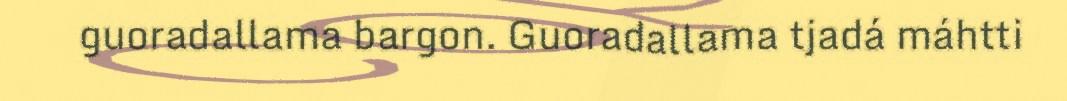
guoradallama bargon. Guoradallama tjadá máhtti